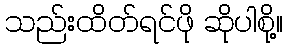
သည်းထိတ်ရင်ဖို ဆိုပါစို့။